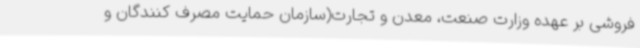
فروشی بر عهده وزارت صنعت، معدن و تجارت(سازمان حمایت مصرف کنندگان و